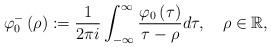
LaTeX: \begin{align*}\varphi_{0}^{-}\left( \rho\right) :=\frac{1}{2\pi i}\int_{-\infty}^{\infty}\frac{\varphi_{0}\left( \tau\right) }{\tau-\rho}d\tau,\quad\rho\in\mathbb{R}, \end{align*}